Peeter_Aleksander_Speek, lk 19
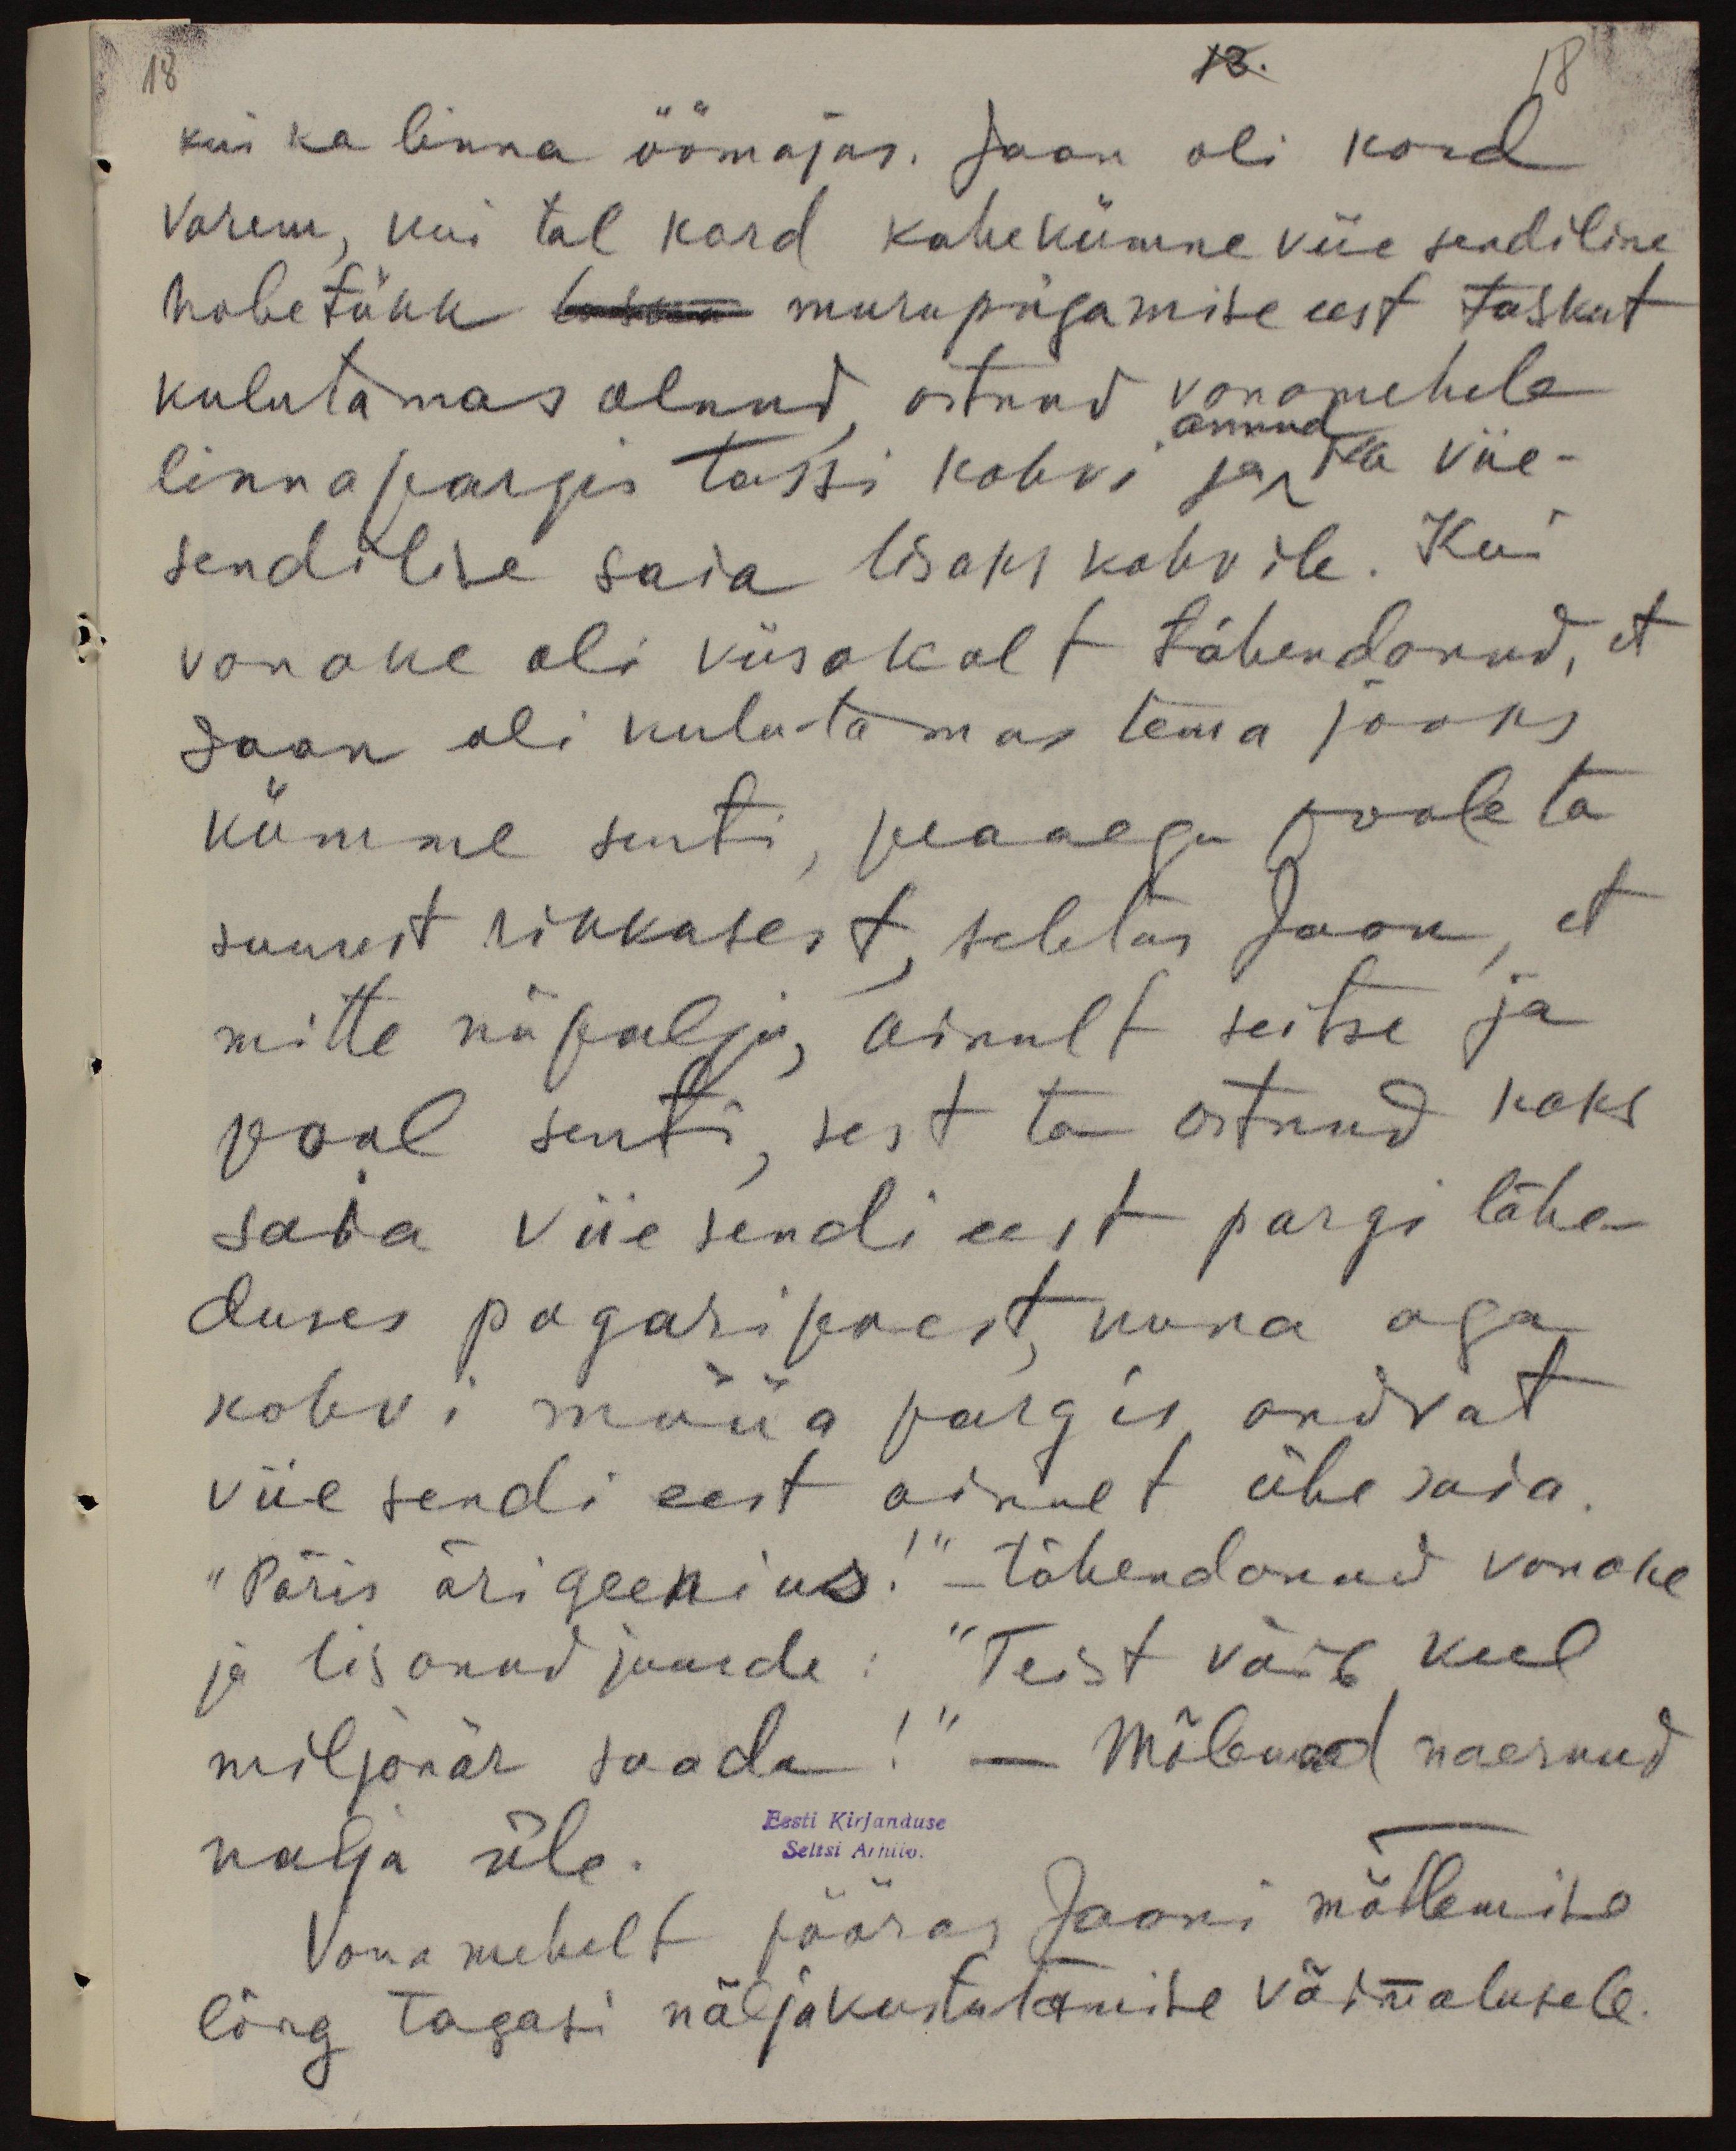
18
13.
18
kui ka linna öömajas. Jaan oli kord
varem, kui tal kord kahekümne viie sendiline
hõbetäkk murupügamise eest taskut
kulutamas olnud, ostnud vanamehele
linna pargis tassi kohvi ja ka viie-
annud
sendilise saia lisaks kohvile. Kui
vanake oli viisakalt tähendanud, et
Jaan oli kulutamas tema jaoks
kümme senti, peaaegu poole ta
suurest rikkusest seletas Jaan, et
mitte nii palju, ainult seitse ja
pool senti, sest ta ostnud kaks
saia viie sendi eest pargi lähe-
duses pagari poest, kuna aga
kohvi müüa pargis andvat
viie sendi eest ainult ühe saia.
"Päris ärigeenius!" - tähendanud vanake
ja lisanud juurde: "Teist võib veel
miljonär saada!“ - Mõlemad naernud
nalja üle
Eesti Kirjanduse
Seltsi Arhiiv.
Vana mehelt pööras Jaani mõtlemise
lõng tagasi näljakustutamise võimalusele.